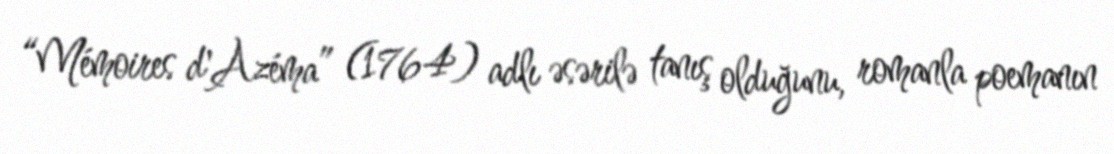
“Mémoires d'Azéma” (1764) adlı əsərilə tanış olduğunu, romanla poemanın